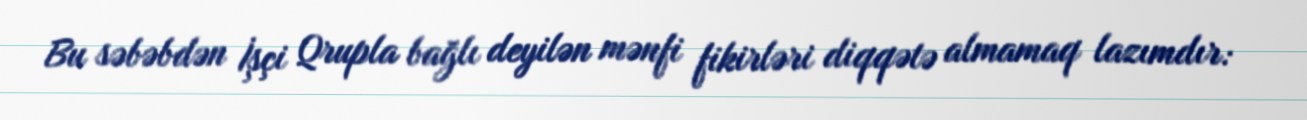
Bu səbəbdən İşçi Qrupla bağlı deyilən mənfi fikirləri diqqətə almamaq lazımdır: